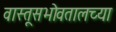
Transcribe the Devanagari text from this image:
वास्तूसभोवतालच्या